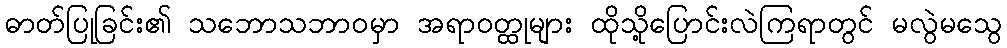
ဓာတ်ပြုခြင်း၏ သဘောသဘာဝမှာ အရာဝတ္ထုများ ထိုသို့ပြောင်းလဲကြရာတွင် မလွဲမသွေ